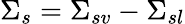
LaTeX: \Sigma_{s}=\Sigma_{sv}-\Sigma_{sl}